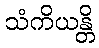
သံကိယန္တိ